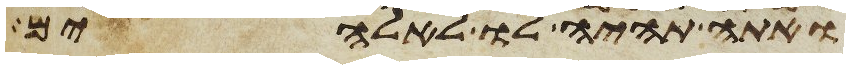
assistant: ואתה תהיה לו לאלהים